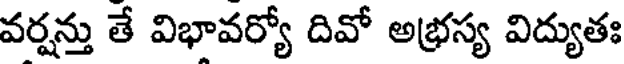
వర్షన్తు తే విభావర్యో దివో అభ్రస్య విద్యుతః